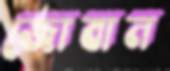
জোবান